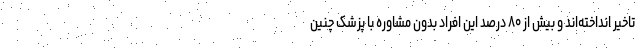
تاخیر انداخته‌اند و بیش از ۸۰ درصد این افراد بدون مشاوره با پزشک چنین